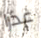
عذرا